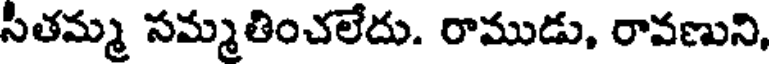
సీతమ్మ సమ్మతించలేదు. రాముడు, రావణుని,